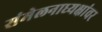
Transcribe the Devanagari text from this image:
संमेलनाध्यक्षांवर